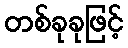
တစ်ခုခုဖြင့်